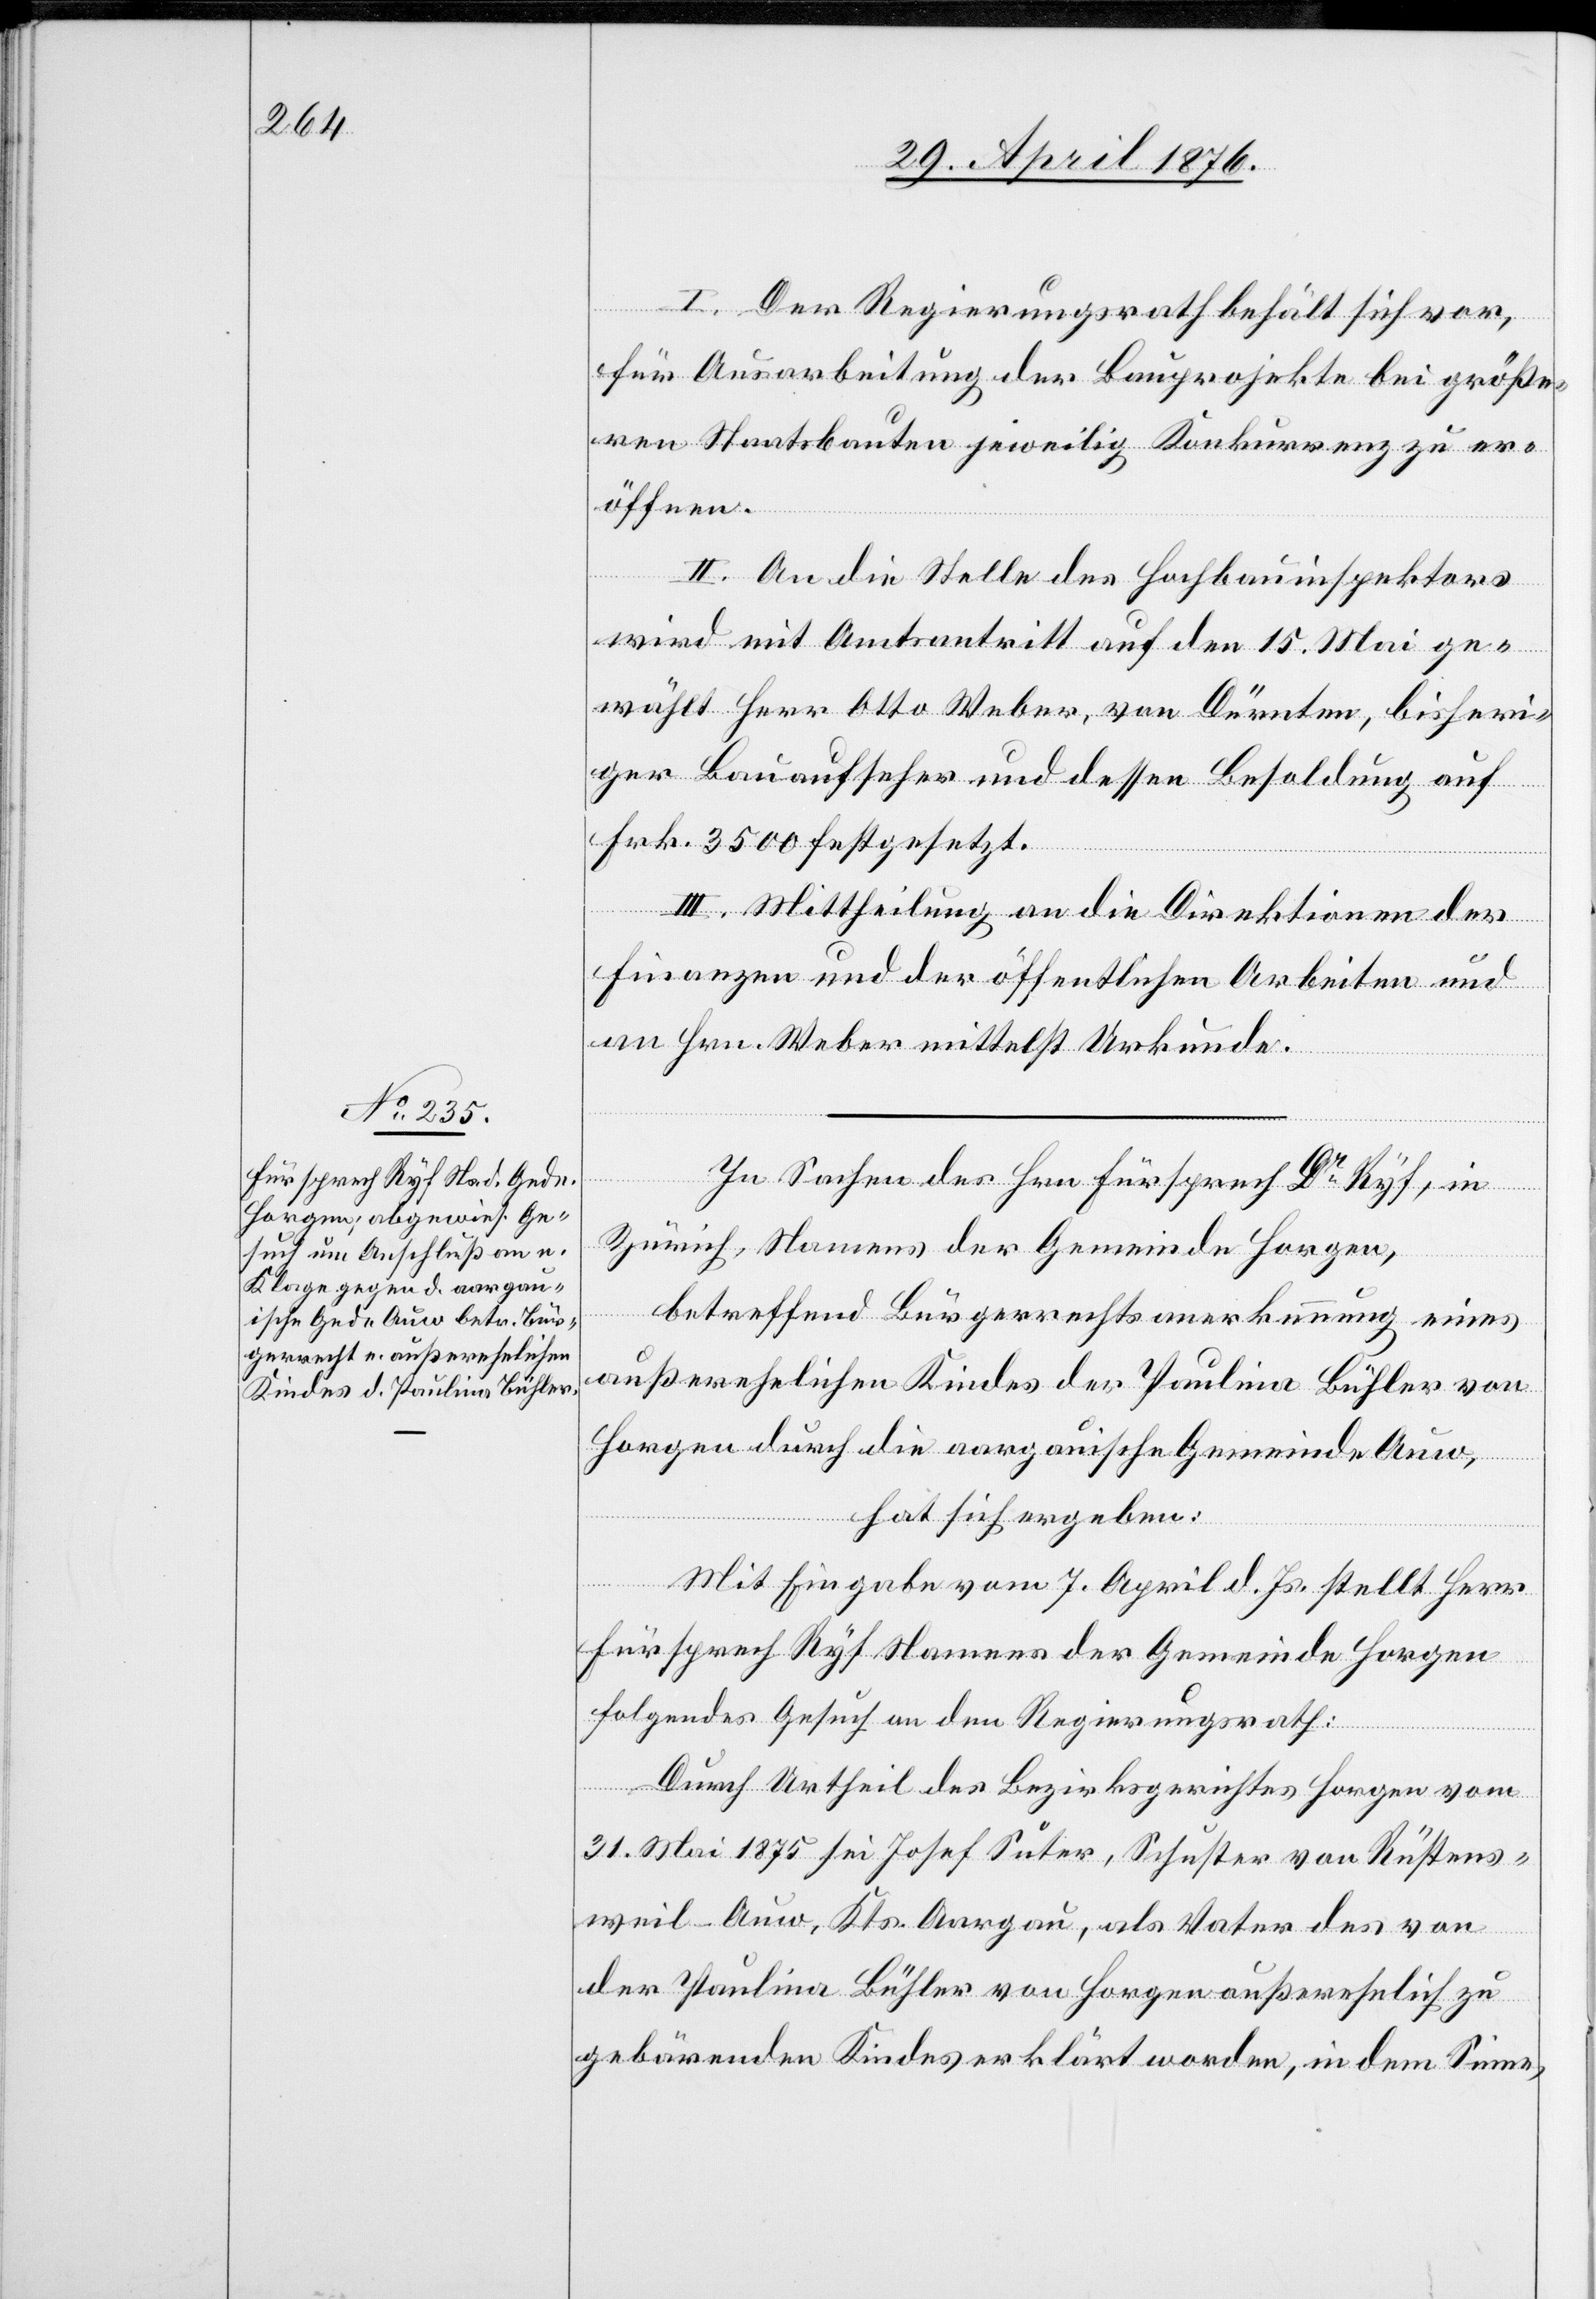
I. Der Regierungsrath behält sich vor,
für Ausarbeitung der Bauprojekte bei größe¬
ren Staatsbauten jeweilig Konkurrenz zu er¬
öffnen.
II. An die Stelle des Hochbauinspektors
wird mit Amtsantritt auf den 15. Mai ge¬
wählt Herr Otto Weber, von Dürnten, bisheri¬
ger Bauaufseher und dessen Besoldung auf
Frk. 3500 festgesetzt.
III. Mittheilung an die Direktionen der
Finanzen und der öffentlichen Arbeiten und
an Hrn. Weber mittelst Urkunde.
In Sachen des Hrn. Fürsprech Dr Ryf, in
Zürich, Namens der Gemeinde Horgen,
betreffend Bürgerrechtsanerkennung eines
außerehelichen Kindes der Paulina Bühler von
Horgen durch die aargauische Gemeinde Auw,
hat sich ergeben:
Mit Eingabe vom 7. April d. Js. stellt Herr
Fürsprech Ryf Namens der Gemeinde Horgen
folgendes Gesuch an den Regierungsrath:
Durch Urtheil des Bezirksgerichtes Horgen vom
31. Mai 1875 sei Josef Suter, Schuster von Rüstens¬
weil-Auw, Kts. Aargau, als Vater des von
der Paulina Bühler von Horgen außerehelich zu
gebärenden Kindes erklärt worden, in dem Sinne,